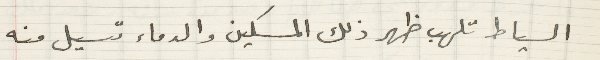
السياط تلهب ظهر ذلك المسكين والدماء تسيل منه